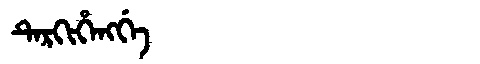
Manchu: ᡨᡝᡵᡴᡳᡥᡝᠩᡤᡝ
Romanization: TERKIHENGGE